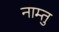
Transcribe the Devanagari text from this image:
नाम्तु